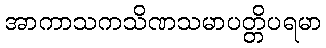
အာကာသကသိဏသမာပတ္တိပရမာ